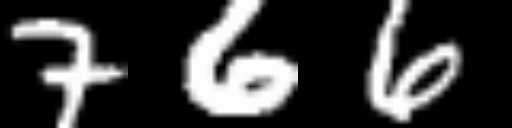
Text: 766